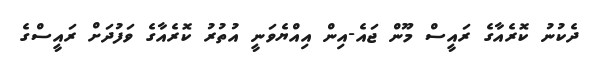
ދެކުނު ކޮރެއާގެ ރައީސް މޫން ޖައެ-އިން އިއްޔެވަނީ އުތުރު ކޮރެއާގެ ވަފުދަށް ރައީސްގެ